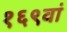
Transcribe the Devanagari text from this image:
१६९वां